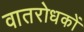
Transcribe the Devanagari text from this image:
वातरोधकों